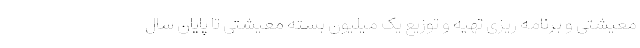
معیشتی و برنامه ریزی تهیه و توزیع یک میلیون بسته معیشتی تا پایان سال